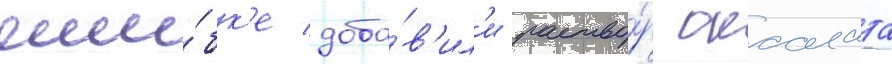
оши́бк'е доба́в'ил'и раство́р оксалата